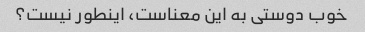
خوب دوستی به این معناست، اینطور نیست؟